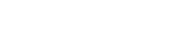
အညတရာထေရီဂါထာ